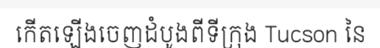
កើតឡើងចេញដំបូងពីទីក្រុង Tucson នៃ